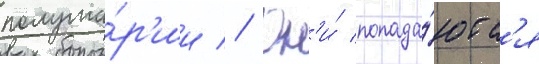
полуша́р'ии // Он'и́ попада́ютс'я